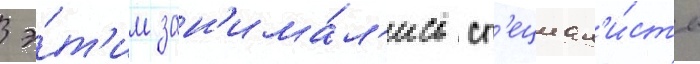
 э́т'им зан'има́л'ись сп'ециал'и́сты